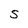
Character: S